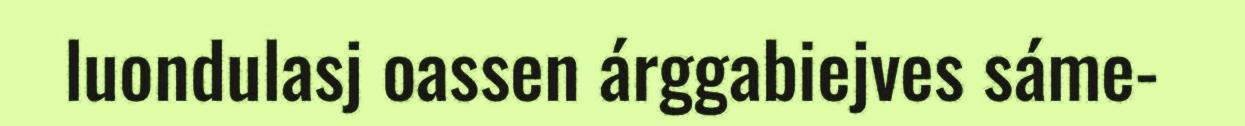
luondulasj oassen árggabiejves sáme-